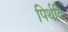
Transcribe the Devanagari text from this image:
पिर्थवि